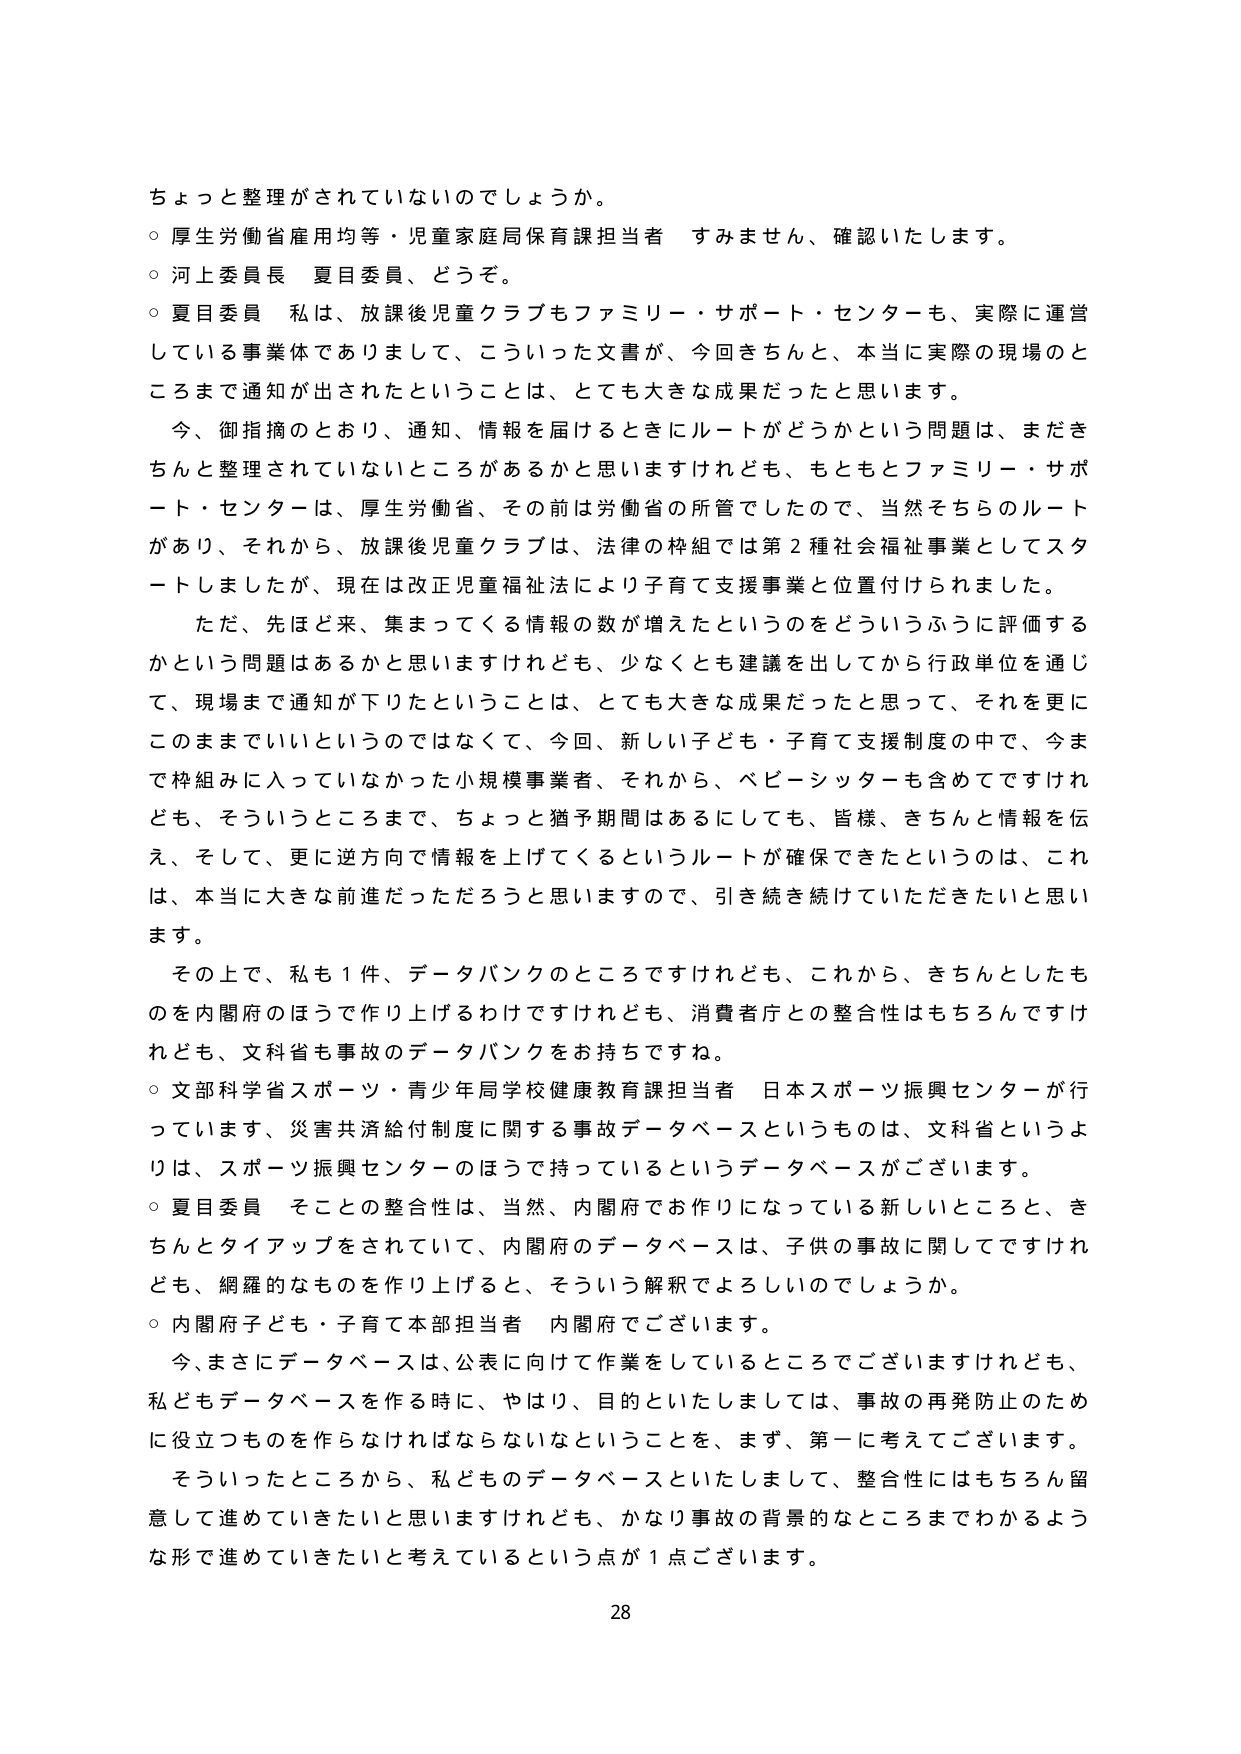
ちょっと整理がされていないのでしょうか。
○ 厚生労働省雇用均等・児童家庭局保育課担当者 すみません、確認いたします。
○ 河上委員長 夏目委員、どうぞ。
○ 夏目委員 私は、放課後児童クラブもファミリー・サポート・センターも、実際に運営している事業体でありまして、こういった文書が、今回きちんと、本当に実際の現場のところまで通知が出されたということは、とても大きな成果だったと思います。
　今、御指摘のとおり、通知、情報を届けるときにルートがどうかという問題は、まだきちんと整理されていないところがあるかと思いますけれども、もともとファミリー・サポート・センターは、厚生労働省、その前は労働省の所管でしたので、当然そちらのルートがあり、それから、放課後児童クラブは、法律の枠組では第２種社会福祉事業としてスタートしましたが、現在は改正児童福祉法により子育て支援事業と位置付けられました。
　ただ、先ほど来、集まってくる情報の数が増えたというのをどういうふうに評価するかという問題はあるかと思いますけれども、少なくとも建議を出してから行政単位を通じて、現場まで通知が下りたということは、とても大きな成果だったと思って、それを更にこのままでいいというのではなくて、今回、新しい子ども・子育て支援制度の中で、今まで枠組みに入っていなかった小規模事業者、それから、ベビーシッターも含めてですけれども、そういうところまで、ちょっと猶予期間はあるにしても、皆様、きちんと情報を伝え、そして、更に逆方向で情報を上げてくるというルートが確保できたというのは、これは、本当に大きな前進だっただろうと思いますので、引き続き続けていただきたいと思います。
　その上で、私も１件、データバンクのところですけれども、これから、きちんとしたものを内閣府のほうで作り上げるわけですけれども、消費者庁との整合性はもちろんですけれども、文科省も事故のデータバンクをお持ちですね。
○ 文部科学省スポーツ・青少年局学校健康教育課担当者 日本スポーツ振興センターが行っています、災害共済給付制度に関する事故データベースというものは、文科省というよりは、スポーツ振興センターのほうで持っているというデータベースがございます。
○ 夏目委員 そこの整合性は、当然、内閣府でお作りになっている新しいところと、きちんとタイアップをされていて、内閣府のデータベースは、子供の事故に関してですけれども、網羅的なものを作り上げると、そういう解釈でよろしいでしょうか。
○ 内閣府子ども・子育て本部担当者 内閣府でございます。
　今、まさにデータベースは、公表に向けて作業をしているところでございますけれども、私どもデータベースを作る時に、やはり、目的といたしましては、事故の再発防止のために役立つものを作らなければならないということを、まず、第一に考えてございます。
　そういったところから、私どものデータベースといたしまして、整合性にはもちろん留意して進めていきたいと思いますけれども、かなり事故の背景的なところまでわかるような形で進めていきたいと考えているという点が１点ございます。
28